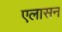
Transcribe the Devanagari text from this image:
एलासन